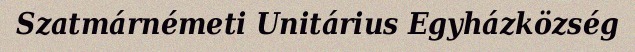
Szatmárnémeti Unitárius Egyházközség